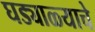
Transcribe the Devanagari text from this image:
घड्याळ्याचे